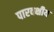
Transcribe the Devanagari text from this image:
पारवक्षीय